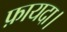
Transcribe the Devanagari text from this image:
फ़ायदा।